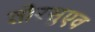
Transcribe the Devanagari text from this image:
तोरसुएव